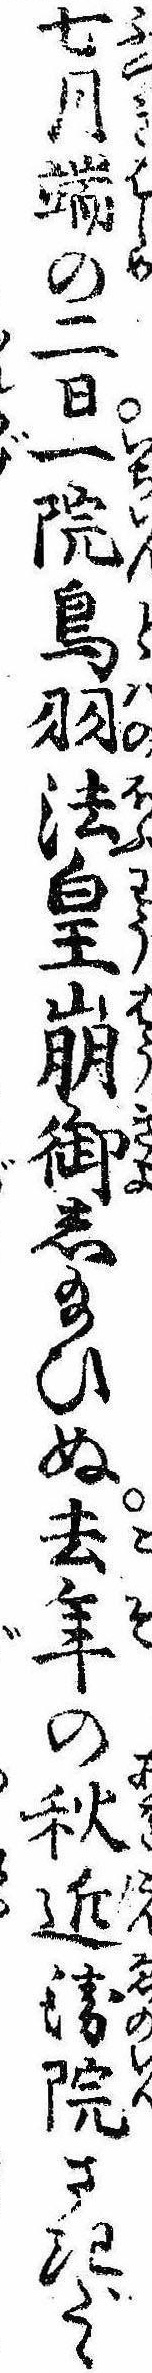
七月端の二日一院鳥羽法皇崩御し給ひぬ去年の秋近衛院さきだゝ